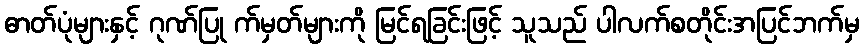
ဓာတ်ပုံများနှင့် ဂုဏ်ပြု က်မှတ်များကို မြင်ရခြင်းဖြင့် သူသည် ပါလက်စတိုင်းအပြင်ဘက်မှ